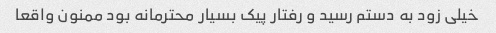
خیلی زود به دستم رسید و رفتار پیک بسیار محترمانه بود ممنون واقعا